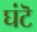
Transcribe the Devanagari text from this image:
घंटॆ